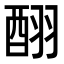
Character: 𮠪